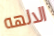
الالهه